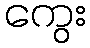
ကွေး